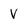
Character: V